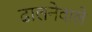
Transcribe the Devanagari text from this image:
ढालनेवाले